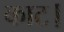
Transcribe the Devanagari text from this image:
काट।